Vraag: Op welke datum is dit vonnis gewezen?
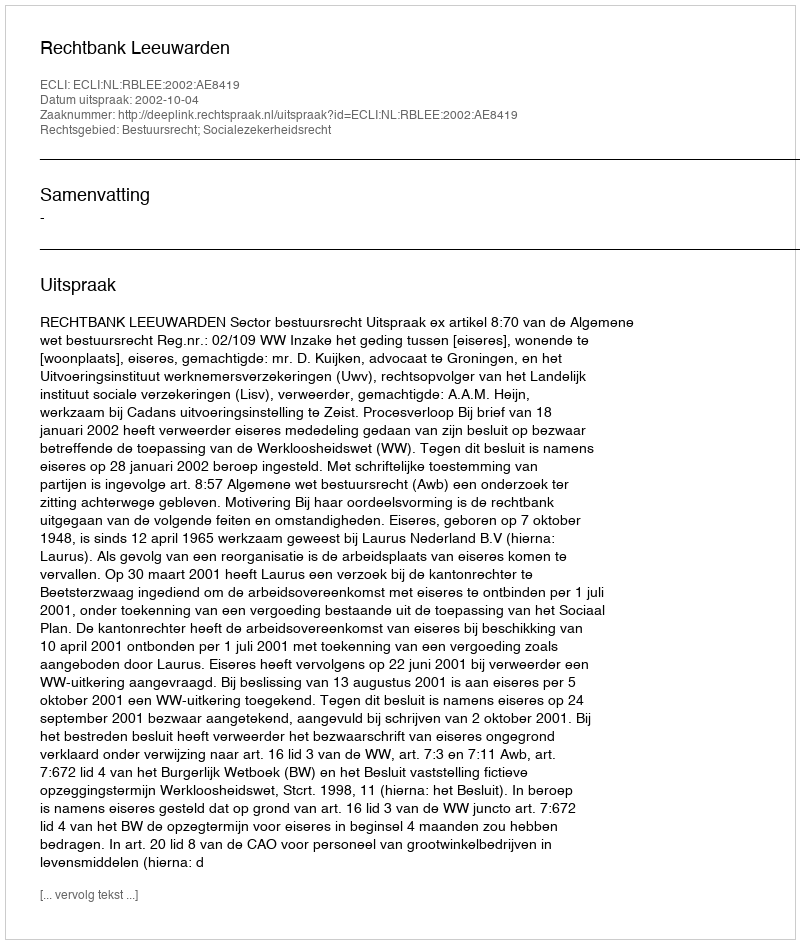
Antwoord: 2002-10-04